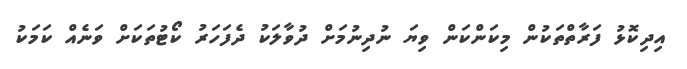
އިދިކޮޅު ފަރާތްތަކުން މިކަންކަން ވިޔަ ނުދިނުމަށް ދުވާލަކު ދެފަހަރު ކޯޓުތަކަށް ވަނެއް ކަމަކު